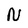
Character: N